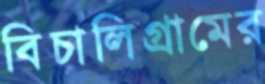
বিচালিগ্রামের